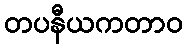
တပနီယကတာဝ